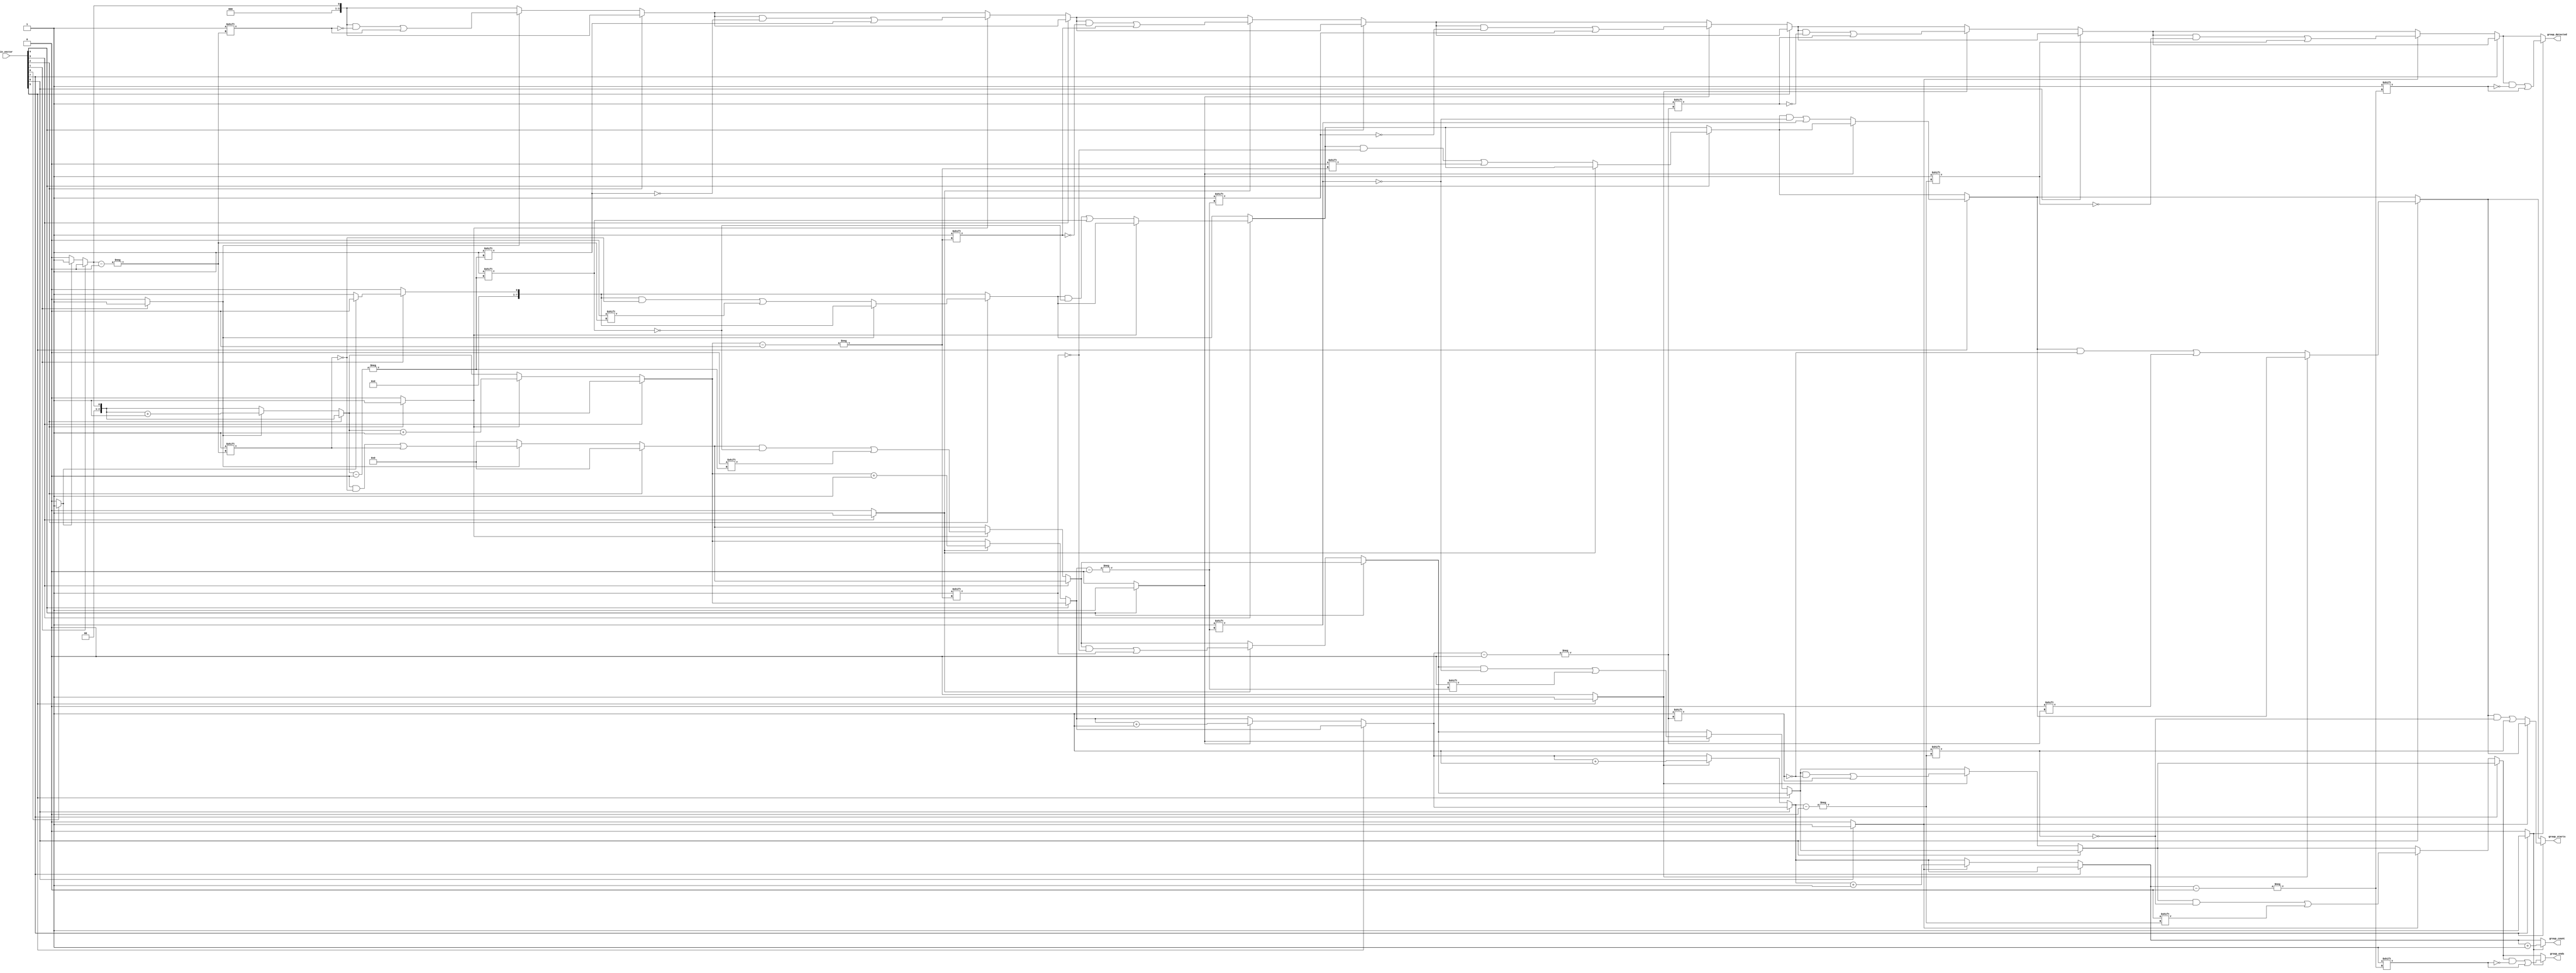
module GroupingOfOnes #(
    parameter N = 8, // Configurable length of input vector
    parameter MAX_GROUPS = 4 // Maximum number of groups to track
)(
    input  wire [N-1:0] in_vector, // Input binary vector
    output reg [MAX_GROUPS-1:0] group_detected, // Indicates presence of groups
    output reg [N-1:0] group_starts, // Start indices of groups
    output reg [N-1:0] group_ends, // End indices of groups
    output reg [2:0] group_count // Number of groups detected
);

    integer i;
    reg inside_group; // State to track whether we are in a group of 1s
    reg [2:0] current_group; // Current group index

    always @* begin
        // Initialize outputs
        group_detected = 0;
        group_starts = 0;
        group_ends = 0;
        group_count = 0;
        inside_group = 0;
        current_group = 0;

        for (i = 0; i < N; i = i + 1) begin
            if (in_vector[i] == 1'b1) begin
                if (!inside_group) begin
                    // We found the start of a new group
                    inside_group = 1;
                    group_starts[current_group] = i; // Record start index
                end
            end else begin
                if (inside_group) begin
                    // We found the end of a group
                    inside_group = 0;
                    group_ends[current_group] = i - 1; // Record end index
                    group_detected[current_group] = 1'b1; // Mark group as detected
                    current_group = current_group + 1; // Move to the next group
                end
            end
        end

        // Handle case where the last group ends at the last input bit
        if (inside_group) begin
            group_ends[current_group] = N - 1; // Last index if still in group
            group_detected[current_group] = 1'b1; // Mark last group as detected
            current_group = current_group + 1; // Move to the next group
        end

        // Set the group count
        group_count = current_group;
    end
endmodule